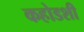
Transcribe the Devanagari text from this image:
कहोडशी